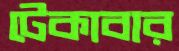
টেকাবার